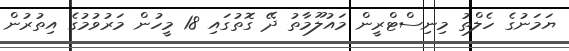
ޔަމަނުގެ ހެލްތު މިނިސްޓްރީން މައުލޫމާތު ދޭ ގޮތުގައި 18 މީހުން މަރުވުމުގެ އިތުރުން